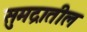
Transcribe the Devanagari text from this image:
सुमद्रातील